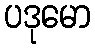
ပဒုမော